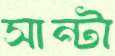
সান্টা